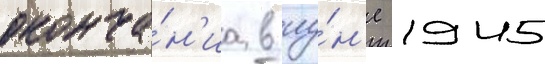
оконча́н'иа в иу́н'е 1945